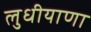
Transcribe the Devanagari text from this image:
लुधीयाणा